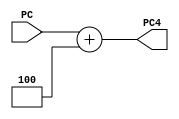
module ADD4(PC,PC4);
  input [31:0]PC;
  output [31:0]PC4;
  
  assign PC4=PC+4;
endmodule